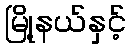
မြို့နယ်နှင့်